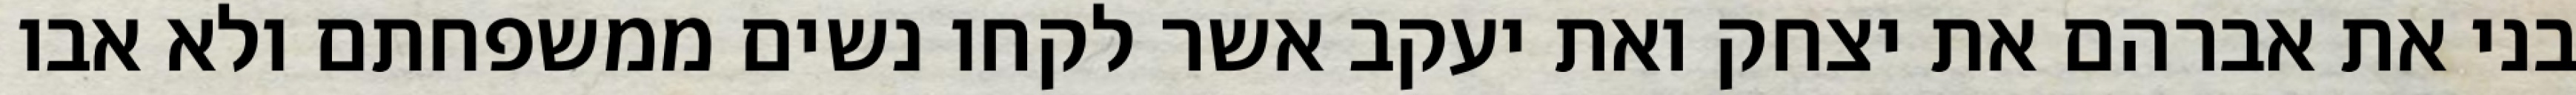
בני את אברהם את יצחק ואת יעקב אשר לקחו נשים ממשפחתם ולא אבו